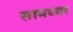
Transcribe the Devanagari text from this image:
सामथ्यर